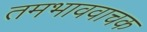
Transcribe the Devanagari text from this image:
तमभाववाचक